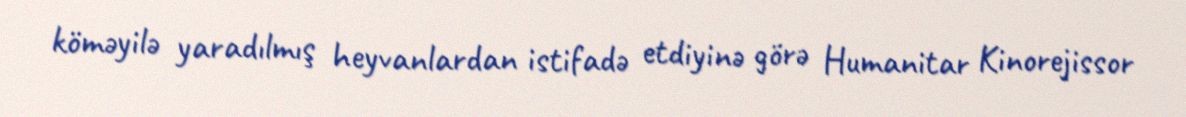
köməyilə yaradılmış heyvanlardan istifadə etdiyinə görə Humanitar Kinorejissor